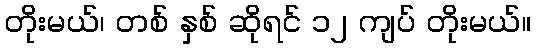
တိုးမယ်၊ တစ် နှစ် ဆိုရင် ၁၂ ကျပ် တိုးမယ်။